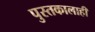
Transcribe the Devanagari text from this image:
पुस्तकालाही